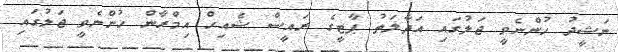
ނަޝީދު ހުންނެވީ ޖަލުގައި އަދާލަތު ޕާޓީގެ ރައީސް ޝެއިހް އިމްރާން ހުންނެވީ ޖަލުގައި